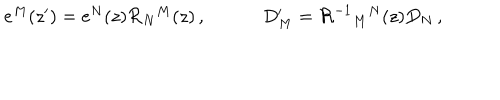
LaTeX: \begin{array} { c c } { { e ^ { M } ( z ^ { \prime } ) = e ^ { N } ( z ) { \cal R } _ { N } { } ^ { M } ( z ) \, , ~ } } & { { ~ D _ { M } ^ { \prime } = { \cal R } ^ { - 1 } { } _ { M } { } ^ { N } ( z ) D _ { N } \, , } } \\ \end{array}